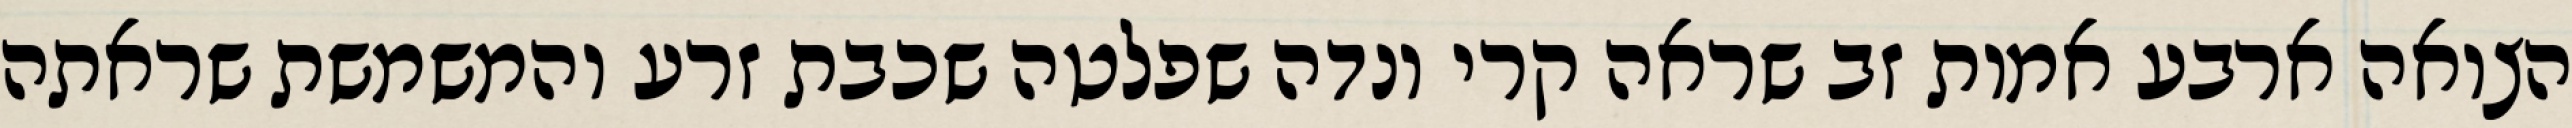
הצואה ארבע אמות זב שראה קרי ונדה שפלטה שכבת זרע והמשמשת שראתה